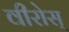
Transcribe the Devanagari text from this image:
वीरोस्